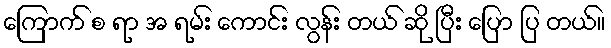
ကြောက် စ ရာ အ ရမ်း ကောင်း လွန်း တယ် ဆို ပြီး ပြော ပြ တယ်။